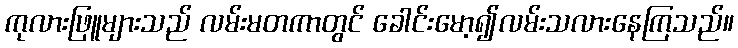
ကုလားဖြူများသည် လမ်းမတကာတွင် ခေါင်းမော့၍လမ်းသလားနေကြသည်။